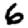
Digit: 6